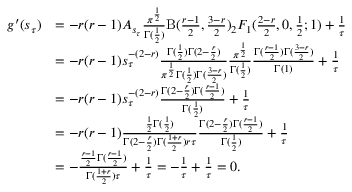
\begin{array} { r l } { g ^ { \prime } ( s _ { \tau } ) } & { = - r ( r - 1 ) A _ { s _ { \tau } } \frac { \pi ^ { \frac { 1 } { 2 } } } { \Gamma ( \frac 1 2 ) } \mathrm { B } ( \frac { r - 1 } { 2 } , \frac { 3 - r } { 2 } ) { _ 2 F _ { 1 } } ( \frac { 2 - r } { 2 } , 0 , \frac 1 2 ; 1 ) + \frac 1 \tau } \\ & { = - r ( r - 1 ) s _ { \tau } ^ { - ( 2 - r ) } \frac { \Gamma ( \frac 1 2 ) \Gamma ( 2 - \frac { r } { 2 } ) } { \pi ^ { \frac { 1 } { 2 } } \Gamma ( \frac 1 2 ) \Gamma ( \frac { 3 - r } { 2 } ) } \frac { \pi ^ { \frac { 1 } { 2 } } } { \Gamma ( \frac 1 2 ) } \frac { \Gamma ( \frac { r - 1 } { 2 } ) \Gamma ( \frac { 3 - r } { 2 } ) } { \Gamma ( 1 ) } + \frac 1 \tau } \\ & { = - r ( r - 1 ) s _ { \tau } ^ { - ( 2 - r ) } \frac { \Gamma ( 2 - \frac { r } { 2 } ) \Gamma ( \frac { r - 1 } { 2 } ) } { \Gamma ( \frac 1 2 ) } + \frac 1 \tau } \\ & { = - r ( r - 1 ) \frac { \frac { 1 } { 2 } \Gamma ( \frac 1 2 ) } { \Gamma ( 2 - \frac { r } { 2 } ) \Gamma ( \frac { 1 + r } { 2 } ) r \tau } \frac { \Gamma ( 2 - \frac { r } { 2 } ) \Gamma ( \frac { r - 1 } { 2 } ) } { \Gamma ( \frac 1 2 ) } + \frac 1 \tau } \\ & { = - \frac { \frac { r - 1 } { 2 } \Gamma ( \frac { r - 1 } { 2 } ) } { \Gamma ( \frac { 1 + r } { 2 } ) \tau } + \frac 1 \tau = - \frac { 1 } { \tau } + \frac 1 \tau = 0 . } \end{array}